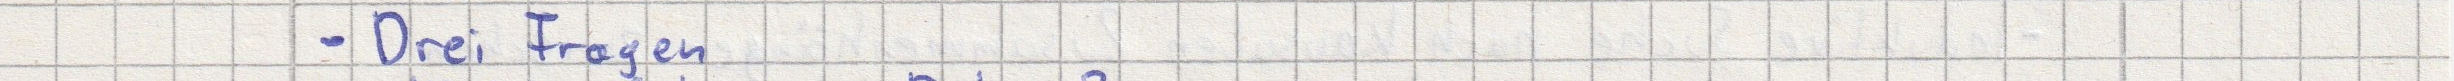
- Drei Fragen